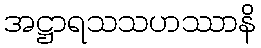
အဋ္ဌာရသသဟဿာနိ